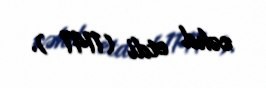
cəhd etdi (1141 ).